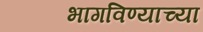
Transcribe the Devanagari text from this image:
भागविण्याच्या